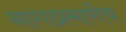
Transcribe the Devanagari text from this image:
नागाप्रमाणेच